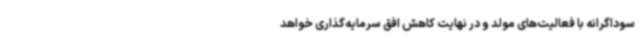
سوداگرانه با فعالیت‌های مولد و در نهایت کاهش افق سرمایه‌گذاری خواهد